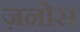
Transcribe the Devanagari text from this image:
ज़नोस